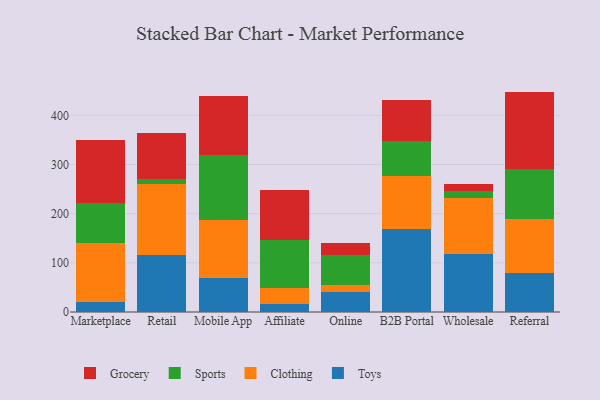
{"axis": {"x": "Channel", "y": "Churn Rate (%)"}, "legend": ["Clothing", "Grocery", "Sports", "Toys"], "data": [{"x": "Marketplace", "y": 20.4, "type": "Toys"}, {"x": "Marketplace", "y": 120.5, "type": "Clothing"}, {"x": "Marketplace", "y": 80.0, "type": "Sports"}, {"x": "Marketplace", "y": 129.4, "type": "Grocery"}, {"x": "Retail", "y": 116.4, "type": "Toys"}, {"x": "Retail", "y": 143.1, "type": "Clothing"}, {"x": "Retail", "y": 10.8, "type": "Sports"}, {"x": "Retail", "y": 94.1, "type": "Grocery"}, {"x": "Mobile App", "y": 69.9, "type": "Toys"}, {"x": "Mobile App", "y": 117.6, "type": "Clothing"}, {"x": "Mobile App", "y": 132.3, "type": "Sports"}, {"x": "Mobile App", "y": 119.4, "type": "Grocery"}, {"x": "Affiliate", "y": 16.7, "type": "Toys"}, {"x": "Affiliate", "y": 31.2, "type": "Clothing"}, {"x": "Affiliate", "y": 97.7, "type": "Sports"}, {"x": "Affiliate", "y": 103.2, "type": "Grocery"}, {"x": "Online", "y": 40.5, "type": "Toys"}, {"x": "Online", "y": 13.4, "type": "Clothing"}, {"x": "Online", "y": 62.3, "type": "Sports"}, {"x": "Online", "y": 24.5, "type": "Grocery"}, {"x": "B2B Portal", "y": 167.8, "type": "Toys"}, {"x": "B2B Portal", "y": 107.8, "type": "Clothing"}, {"x": "B2B Portal", "y": 71.3, "type": "Sports"}, {"x": "B2B Portal", "y": 84.6, "type": "Grocery"}, {"x": "Wholesale", "y": 117.8, "type": "Toys"}, {"x": "Wholesale", "y": 115.0, "type": "Clothing"}, {"x": "Wholesale", "y": 13.2, "type": "Sports"}, {"x": "Wholesale", "y": 15.3, "type": "Grocery"}, {"x": "Referral", "y": 79.8, "type": "Toys"}, {"x": "Referral", "y": 110.0, "type": "Clothing"}, {"x": "Referral", "y": 101.3, "type": "Sports"}, {"x": "Referral", "y": 157.1, "type": "Grocery"}]}